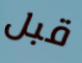
قبل